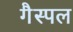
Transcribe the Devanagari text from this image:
गैस्पल